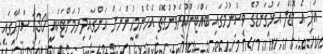
އަދި އެ މޮޑެލް އަޅުގަނޑުގެ ވިސްނުމުގައި ބައްޓަންކުރެވުނުގޮތް އެހެންމީހުންނަށް އަންގައިދިނުމަށްޓަކައި 130 ޞަފްޙާގައި